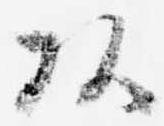
頭